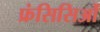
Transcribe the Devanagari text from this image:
फ्रंसिसिओं